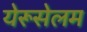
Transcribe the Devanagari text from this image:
येरूसेलम